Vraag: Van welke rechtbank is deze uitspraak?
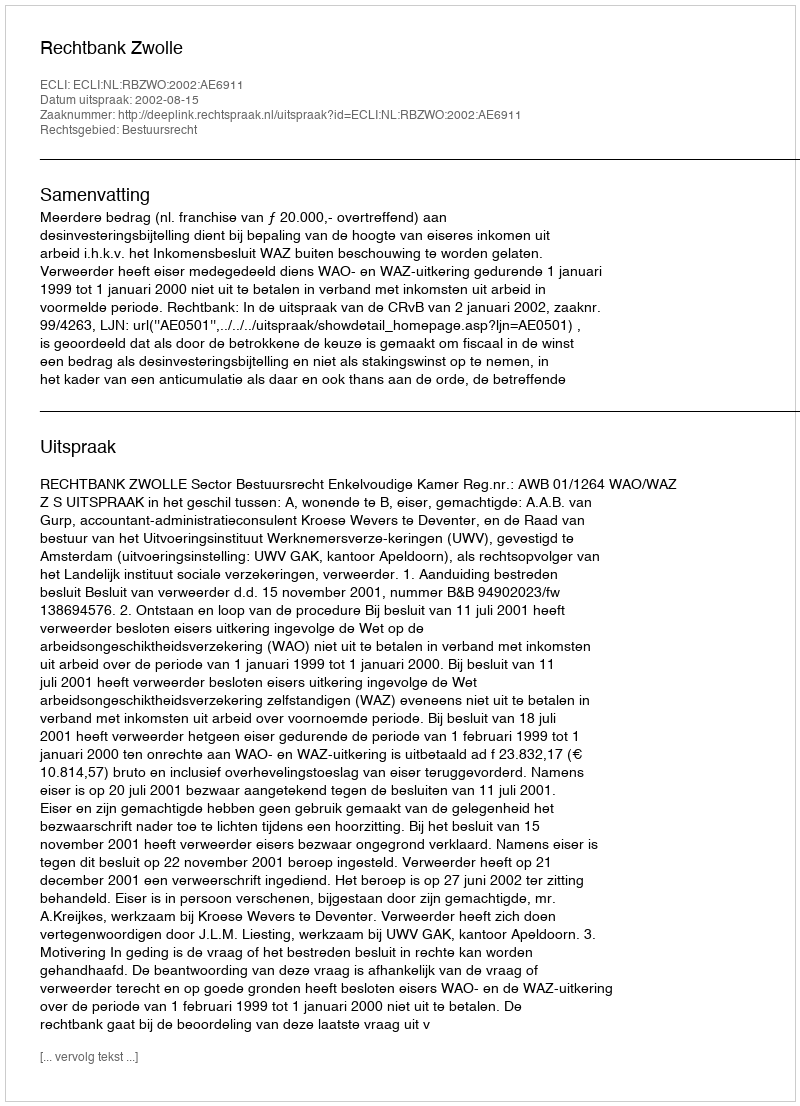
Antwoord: Rechtbank Zwolle